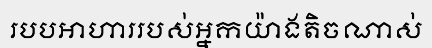
របបអាហាររបស់អ្នកយ៉ាងតិចណាស់